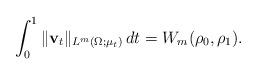
LaTeX: \begin{align*}\int_0^1\|\mathbf{v}_t\|_{L^m(\Omega; \mu_t)}\,dt= W_m(\rho_0,\rho_1).\end{align*}